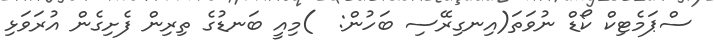
ސްޕަމެޓިކް ކޯޑް ނުވަތަ(އިނގިރޭސި ބަހުން:  )މިއީ ބަނޑުގެ ތިރިން ފެށިގެން އުރަވަޅި